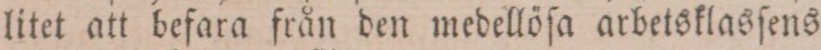
litet att befara från den medellöſa arbetsklasſens